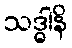
သဒ္ဓါနိ